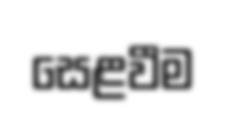
සෙළවීම